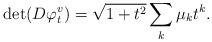
LaTeX: \begin{align*}\det(D \varphi_t^v) = \sqrt{1+t^2} \sum_k \mu_k t^k.\end{align*}